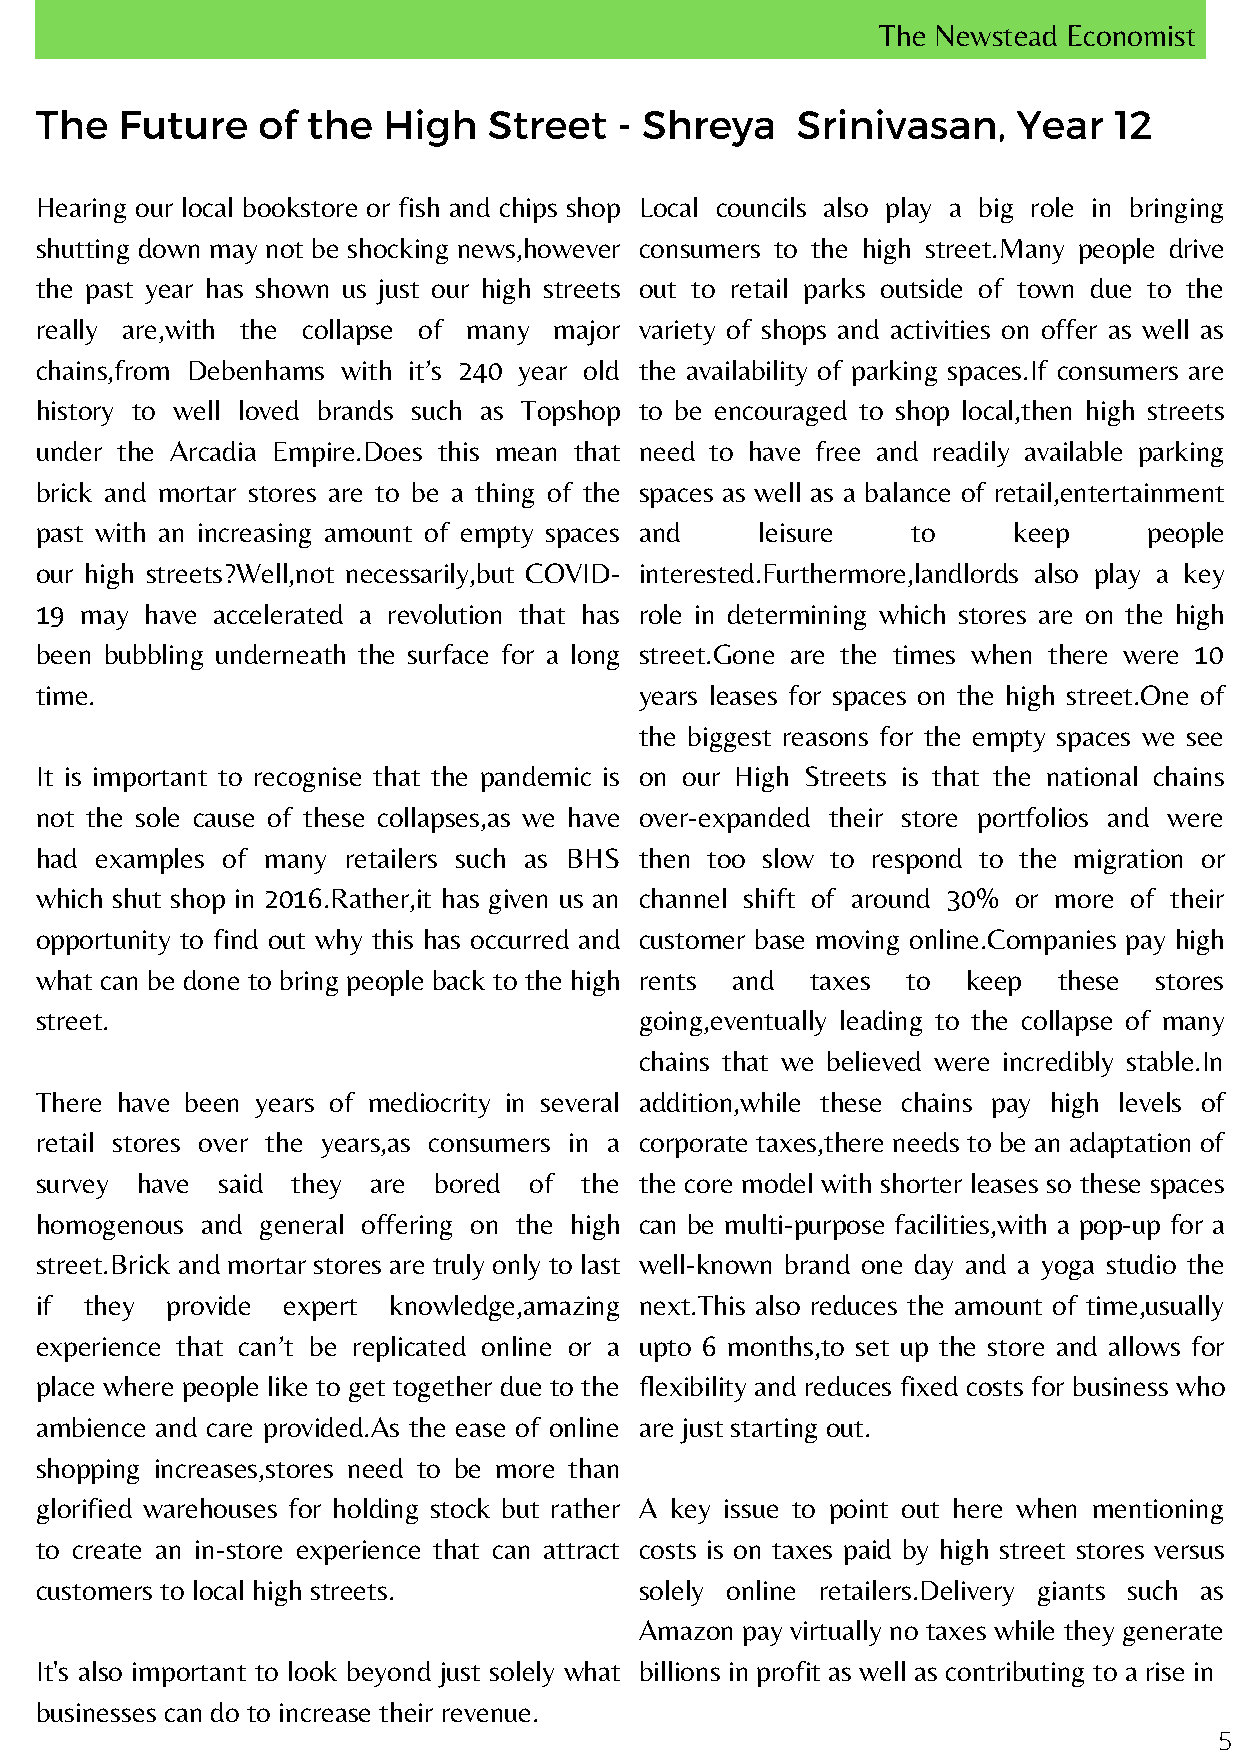
The Newstead Economist
 The   Future   of the  High   Street   - Shreya    Srinivasan,   Year   12
 Hearing our local bookstore or fish and chips shop Local councils also play a big role in bringing
 shutting down may not be shocking news,however consumers to the high street.Many people drive
 the past year has shown us just our high streets out to retail parks outside of town due to the
 really are,with the collapse of many major variety of shops and activities on offer as well as
 chains,from Debenhams with it’s 240 year old the availability of parking spaces.If consumers are
 history to well loved brands such as Topshop to be encouraged to shop local,then high streets
 under the Arcadia Empire.Does this mean that need to have free and readily available parking
 brick and mortar stores are to be a thing of the spaces as well as a balance of retail,entertainment
 past with an increasing amount of empty spaces and leisure to    keep     people
 our high streets?Well,not necessarily,but COVID- interested.Furthermore,landlords also play a key
 19 may  have accelerated a revolution that has role in determining which stores are on the high
 been bubbling underneath the surface for a long street.Gone are the times when there were 10
 time.                                   years leases for spaces on the high street.One of
 the biggest reasons for the empty spaces we see
 It is important to recognise that the pandemic is on our High Streets is that the national chains
 not the sole cause of these collapses,as we have over-expanded their store portfolios and were
 had examples of many retailers such as BHS then too slow to respond to the migration or
 which shut shop in 2016.Rather,it has given us an channel shift of around 30% or more of their
 opportunity to find out why this has occurred and customer base moving online.Companies pay high
 what can be done to bring people back to the high rents and taxes to keep these stores
 street.                                 going,eventually leading to the collapse of many
 chains that we believed were incredibly stable.In
 There have been years of mediocrity in several addition,while these chains pay high levels of
 retail stores over the years,as consumers in a corporate taxes,there needs to be an adaptation of
 survey have said they  are bored of the the core model with shorter leases so these spaces
 homogenous and general offering on the high can be multi-purpose facilities,with a pop-up for a
 street.Brick and mortar stores are truly only to last well-known brand one day and a yoga studio the
 if  they provide expert knowledge,amazing next.This also reduces the amount of time,usually
 experience that can’t be replicated online or a upto 6 months,to set up the store and allows for
 place where people like to get together due to the flexibility and reduces fixed costs for business who
 ambience and care provided.As the ease of online are just starting out.
 shopping increases,stores need to be more than
 glorified warehouses for holding stock but rather A key issue to point out here when mentioning
 to create an in-store experience that can attract costs is on taxes paid by high street stores versus
 customers to local high streets.        solely online retailers.Delivery giants such as
 Amazon pay virtually no taxes while they generate
 It's also important to look beyond just solely what billions in profit as well as contributing to a rise in
 businesses can do to increase their revenue.
 5